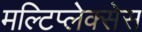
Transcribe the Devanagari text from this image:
मल्टिप्लेक्सेस